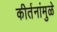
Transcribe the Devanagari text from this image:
कीर्तनांमुळे